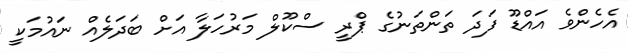
އެހެންވެ އައްޑޫ ފަދަ ތަންތަނުގެ ޕްރީ ސްކޫލް މަރުހަލާ އަށް ބަދަލެއް ނައުމަކީ